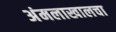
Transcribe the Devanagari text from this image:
अंमलाखालचा